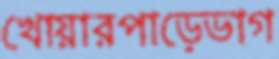
খোয়ারপাড়েভাগ